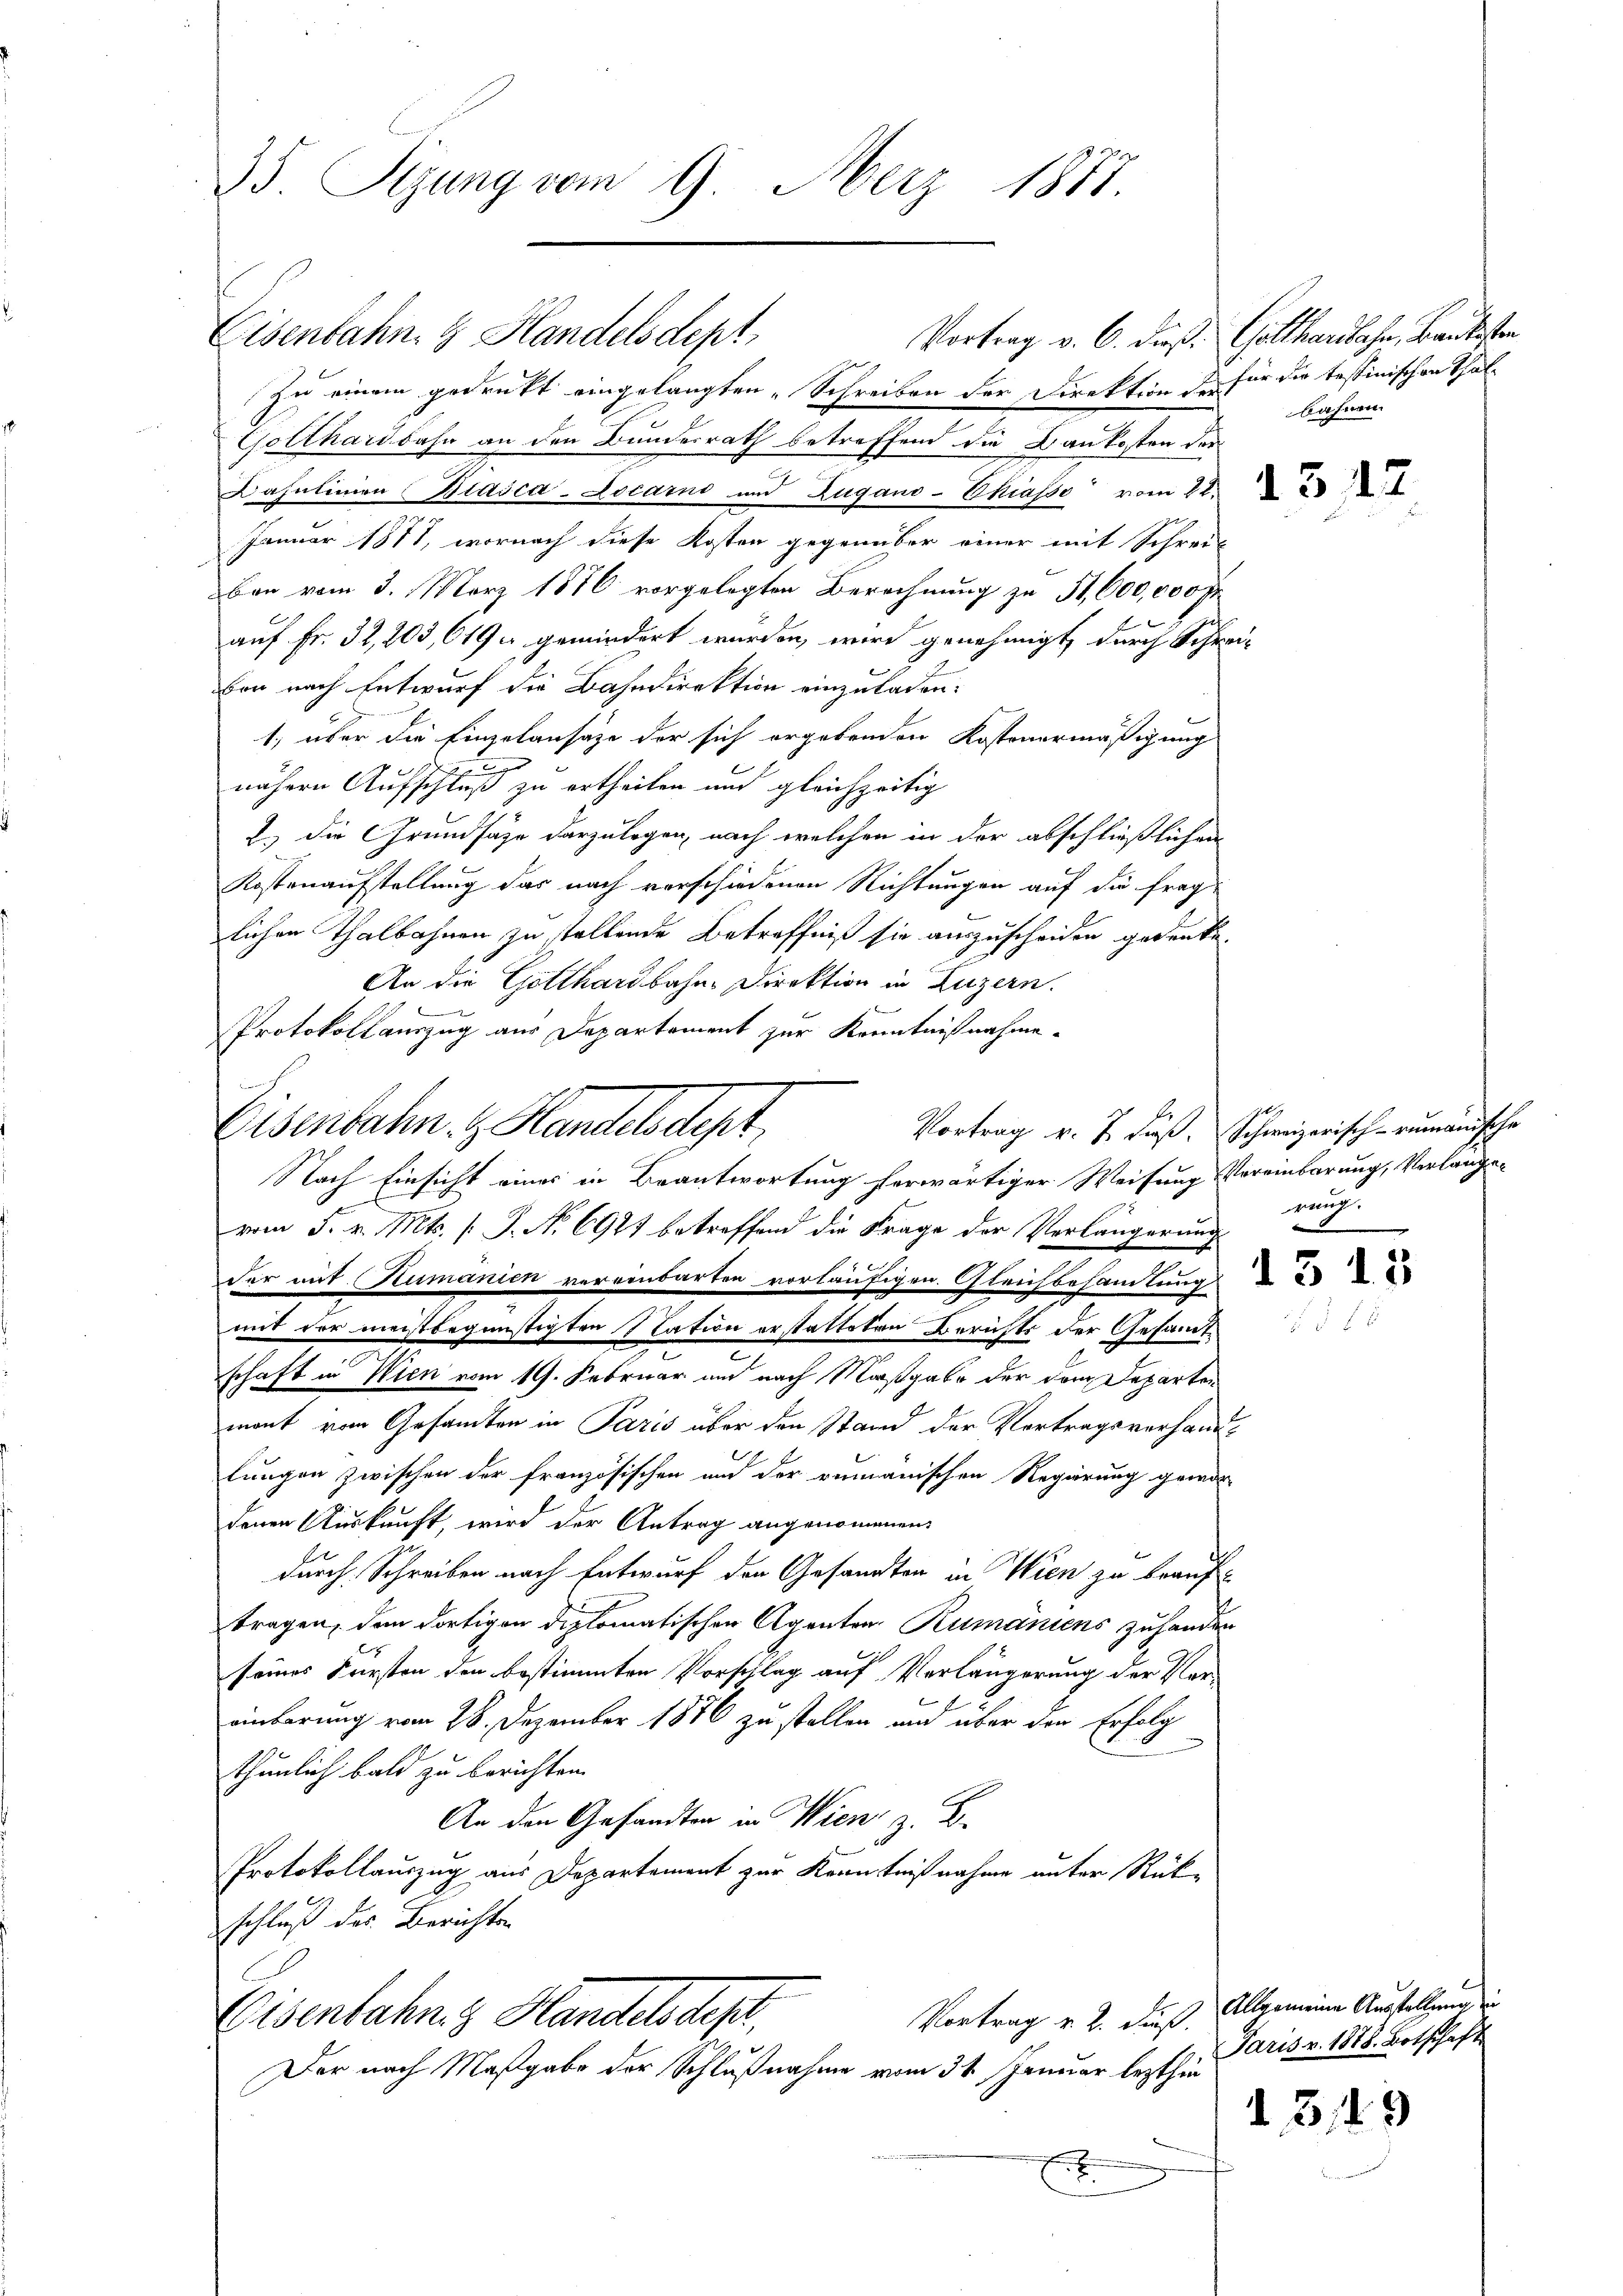
35. Sizung vom 9. März 1877.

Eisenbahn. G Handelsdept,
Vortrag v. 6. dieß. Gotthardbahn, Baulisten
Zu einem gedruckt eingelangten Schreiben der Direktion des für die tessinischen Thal¬
Gotthardbahn an den Bundesrath betreffend die Baukosten der
Bahnlinien Biasca-Locarno und Zugano-Chiasso vom 21. 2
Januar 1871, wornach diese Kosten gegenüber einer mit Schreiban vom 3. März 1876 vorgelegten Berechnung zu 51,600,000 fr
auf Fr. 32, 203, 619 u. gemindert wurden, wird genehmigt, durch Schreiber nach Entwurf die Bahndirektion einzuladen:
1, über die Einzulansähe der sich ergebenden Kostenermäßigung
nähere Aufschluss zu ertheilen und gleichzeitig
2.) Die Grundsäge darzulegen, nach welchen in der abschließlichen
Kostenaufstellung das nach verschiedenen Richtungen auf die frag-
lichen Thalbahnen zu stellende Betreffniß sie auszuscheiden gedenke.
An die Gotthardbahn-Direktion in Luzern.
Protokollauszug aus Departement zur Kenntnißnahme.
Eisenbahn z. Handelsdept,
Nach Einsicht eines in Beantwortung herwärtiger Weisung Vereinbarung, Verlangsvom 5. v. Mts. (T. No 6971 betreffend die Frage der Verlängerung
der mit Rumanien vereinbarten vorläufigen. Gleichbehandlung
mit der meistbegünstigten Nation erstatteten Berichts der Gesandtschaft in Wien vom 19. Februar au nach Maßgabe der dem Departen
mont vom Gesandten in Paris über den Stand der Vertragsverhandlungen zwischen der französischen und der vermanischen Regierung gewis-
denen Auskunft, wird der Antrag angenommenen
.
durch Schreiben nach Entwurf den Gesandten in Wien zu beauftragen, den dortigen diplomatischen Agenten Rumäniens zuhanden
seines Fürsten den bestimmten Vorschlag auf Verlängerung der Vor-
einbarung vom 28. Dezember 1876 zu stellen und über den Erfolg
thunlich bald zu berichten.
An den Gesandten in Wien z. B.
Protokollauszug aus Departement zur Kenntnißnahme unter Rückschluß des Berichten
Eisenbahn & Handels depri,
Vortrag v. 2. dieß.
Der nach Maßgabe der Schlußnahme vom 31. Januar lezthin

bahnen.

Vortrag v. J. dieß. Schweizerisch-rumänische
rud.
in

13/19

Allgemeine Ausstellung in
Paris v. 1888. Botschaft